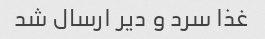
غذا سرد و دیر ارسال شد